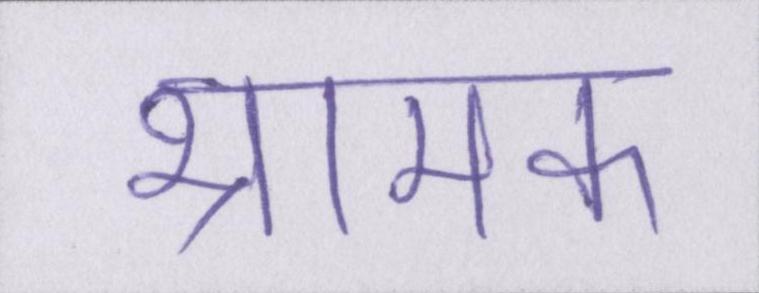
भ्रामक